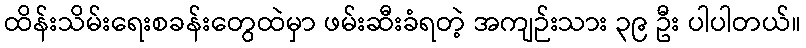
ထိန်းသိမ်းရေးစခန်းတွေထဲမှာ ဖမ်းဆီးခံရတဲ့ အကျဉ်းသား ၃၉ ဦး ပါပါတယ်။